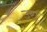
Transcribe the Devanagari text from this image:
उरा